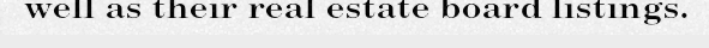
well as their real estate board listings.